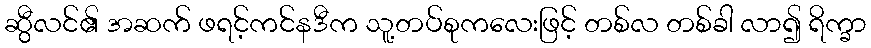
ဆွီလင်၏ အဆက် ဖရင့်ကင်နဒီက သူ့တပ်စုကလေးဖြင့် တစ်လ တစ်ခါ လာ၍ ရိက္ခာ